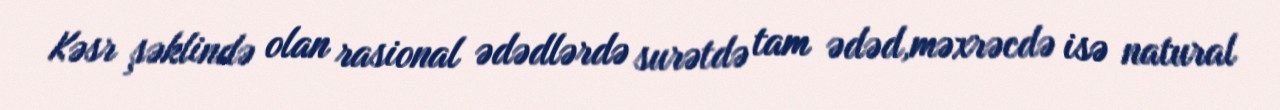
Kəsr şəklində olan rasional ədədlərdə surətdə tam ədəd,məxrəcdə isə natural